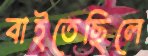
বাইতেছিলে